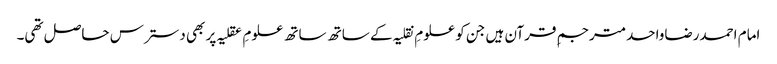
امام احمدرضاواحدمترجمِ قرآن ہیں جن کو علومِ نقلیہ کے ساتھ ساتھ علومِ عقلیہ پر بھی دسترس حاصل تھی۔